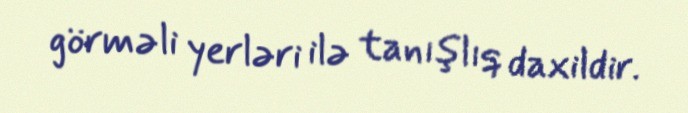
görməli yerləri ilə tanışlıq daxildir.